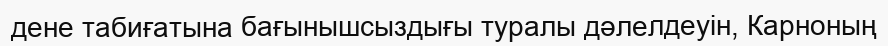
дене табиғатына бағынышсыздығы туралы дәлелдеуін, Карноның